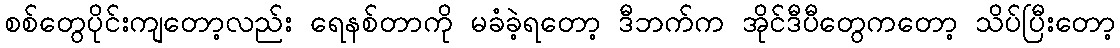
စစ်တွေပိုင်းကျတော့လည်း ရေနစ်တာကို မခံခဲ့ရတော့ ဒီဘက်က အိုင်ဒီပီတွေကတော့ သိပ်ပြီးတော့